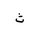
Letter: _tha